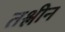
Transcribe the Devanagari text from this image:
तश्लीन